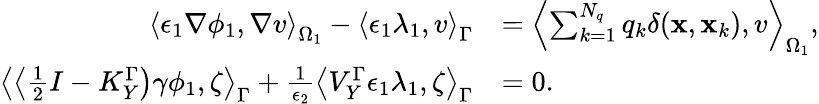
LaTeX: \begin{array}{rl}{\left\langle\epsilon_{1}\nabla\phi_{1},\nabla v\right\rangle_{\Omega_{1}}-\left\langle\epsilon_{1}\lambda_{1},v\right\rangle_{\Gamma}}&{=\left\langle\sum_{k=1}^{N_{q}}q_{k}\delta(\mathbf{x},\mathbf{x}_{k}),v\right\rangle_{\Omega_{1}},}\\ {\left\langle\left\langle\frac{1}{2}I-K_{Y}^{\Gamma}\right)\gamma\phi_{1},\zeta\right\rangle_{\Gamma}+\frac{1}{\epsilon_{2}}\left\langle V_{Y}^{\Gamma}\epsilon_{1}\lambda_{1},\zeta\right\rangle_{\Gamma}}&{=0.}\end{array}